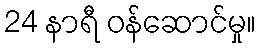
24 နာရီ ဝန်ဆောင်မှု။